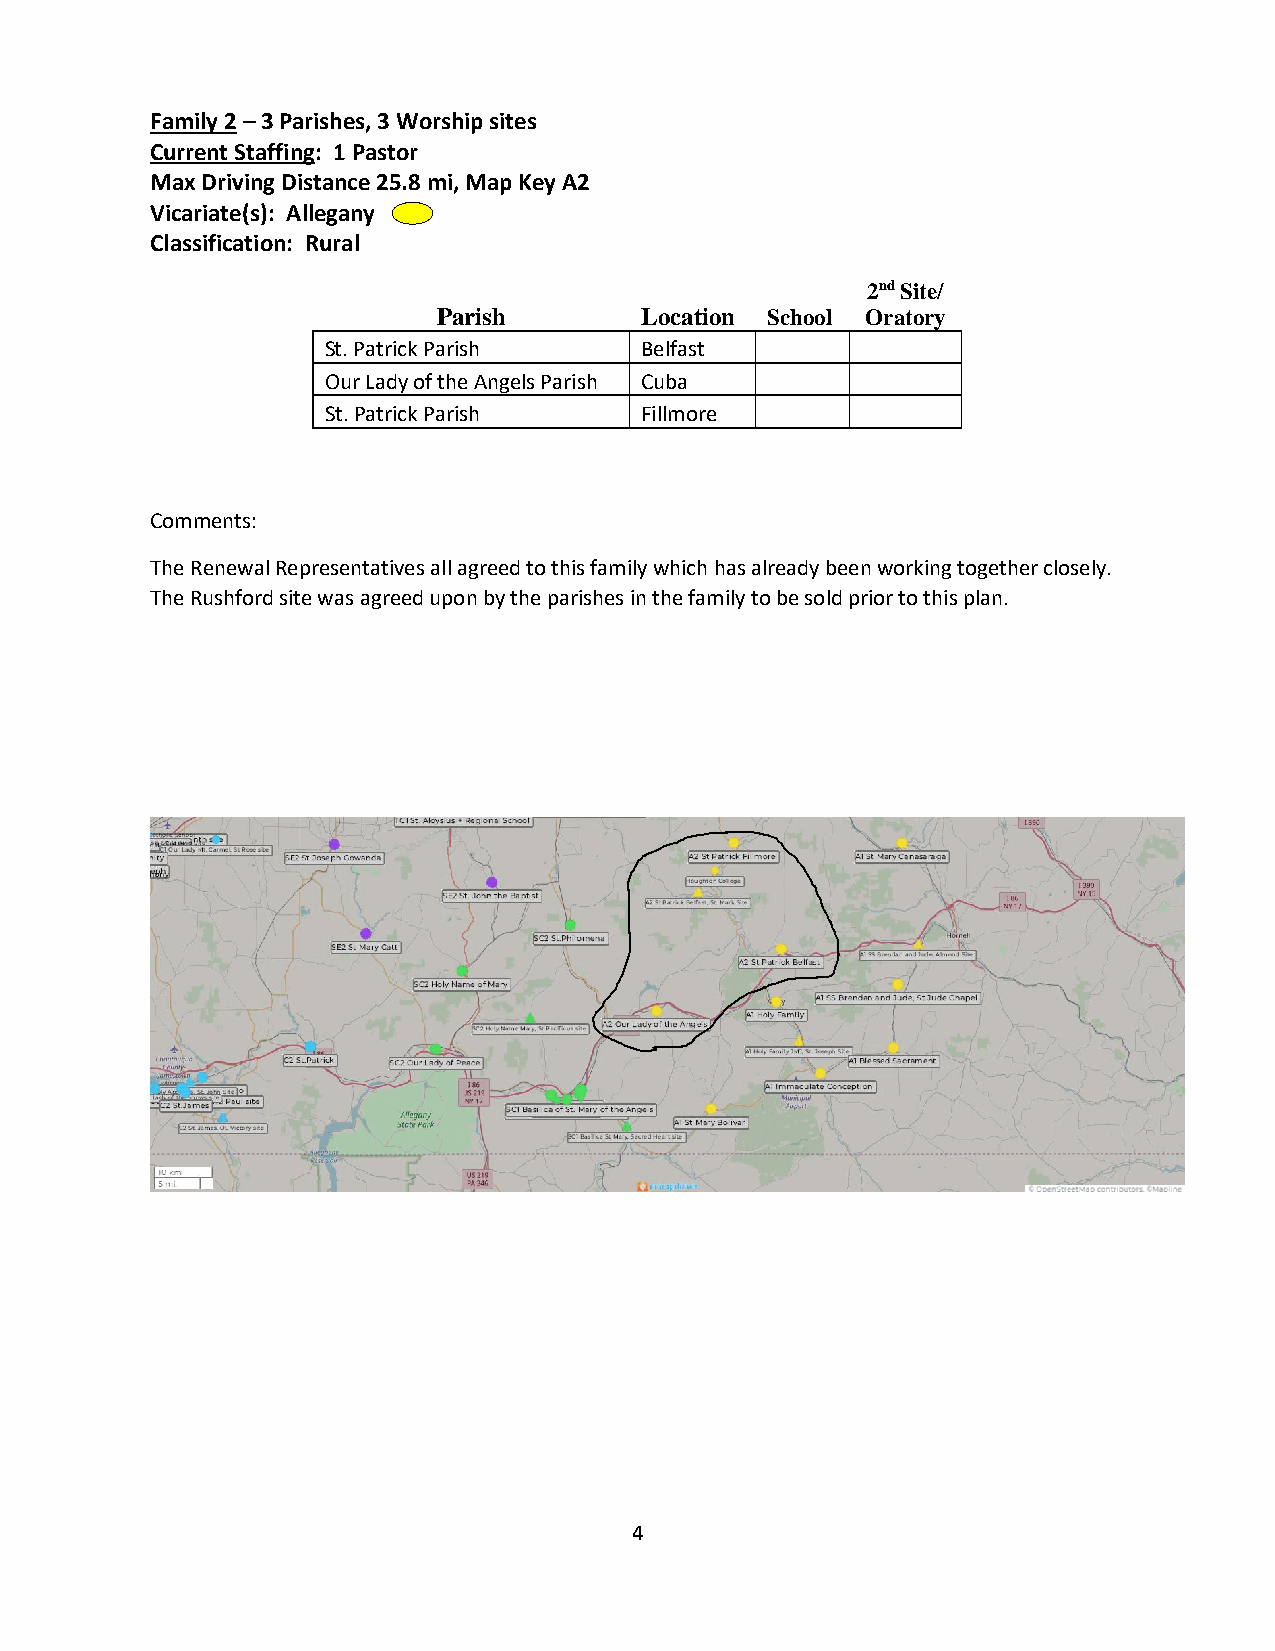
Family 2 – 3 Parishes, 3 Worship sites
 Current Staffing: 1 Pastor
 Max Driving Distance 25.8 mi, Map Key A2
 Vicariate(s): Allegany
 Classification: Rural
 2nd Site/
 Parish       Location School Oratory
 St. Patrick Parish   Belfast
 Our Lady of the Angels Parish Cuba
 St. Patrick Parish   Fillmore
 Comments:
 The Renewal Representatives all agreed to this family which has already been working together closely.
 The Rushford site was agreed upon by the parishes in the family to be sold prior to this plan.
 4